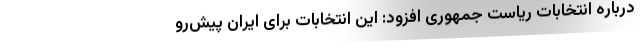
درباره انتخابات ریاست جمهوری افزود: این انتخابات برای ایران پیش‌رو